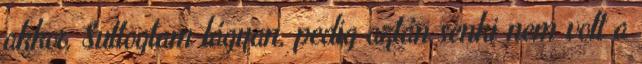
akkor. Suttogtam lágyan, pedig aztán senki nem volt a